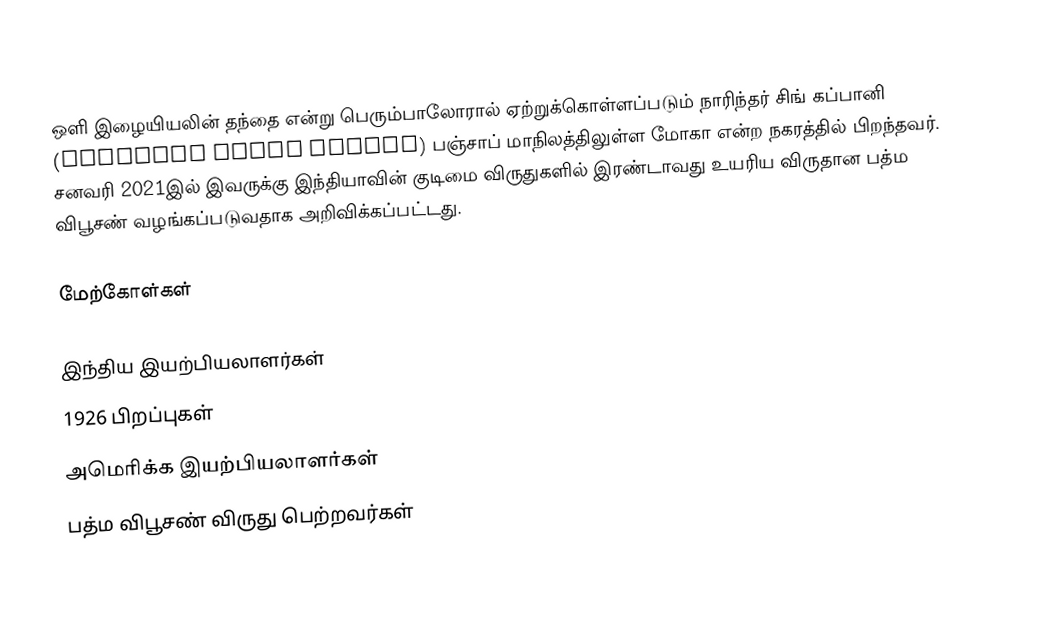
ஒளி இழையியலின் தந்தை என்று பெரும்பாலோரால் ஏற்றுக்கொள்ளப்படும் நாரிந்தர் சிங் கப்பானி (Narinder Singh Kapany) பஞ்சாப் மாநிலத்திலுள்ள மோகா என்ற நகரத்தில் பிறந்தவர். சனவரி 2021இல் இவருக்கு இந்தியாவின் குடிமை விருதுகளில் இரண்டாவது உயரிய விருதான பத்ம விபூசண் வழங்கப்படுவதாக அறிவிக்கப்பட்டது.

மேற்கோள்கள்

இந்திய இயற்பியலாளர்கள்
1926 பிறப்புகள்
அமெரிக்க இயற்பியலாளர்கள்
பத்ம விபூசண் விருது பெற்றவர்கள்